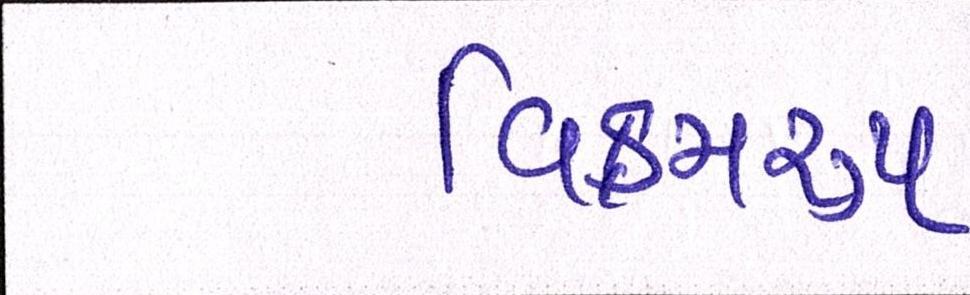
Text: વિક્રમરૃપ